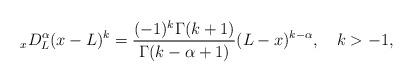
LaTeX: \begin{align*} _{x}D^{\alpha}_L(x-L)^k=\frac{(-1)^k\Gamma(k+1)}{\Gamma(k-\alpha+1)}(L-x)^{k-\alpha},\ \ \ k>-1,\end{align*}